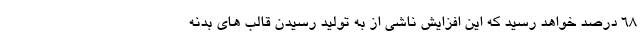
68 درصد خواهد رسید که این افزایش ناشی از به تولید رسیدن قالب های بدنه